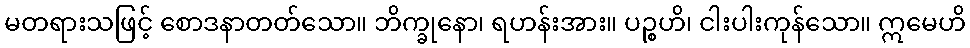
မတရားသဖြင့် စောဒနာတတ်သော။ ဘိက္ခုနော၊ ရဟန်းအား။ ပဉ္စဟိ၊ ငါးပါးကုန်သော။ ဣမေဟိ